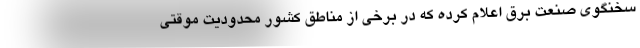
سخنگوی صنعت برق اعلام کرده که در برخی از مناطق کشور محدودیت موقتی